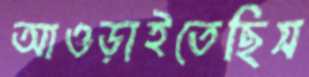
আওড়াইতেছিস